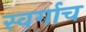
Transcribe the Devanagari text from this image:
स्वर्गाच